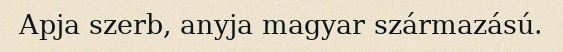
Apja szerb, anyja magyar származású.